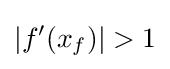
\left|f'(x_{f})\right|>1